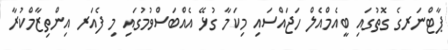
ޕާޓްނަރގެ ގޮތުގައި ބީއެމްއެލް ހަޖައްސައި މިކަމާ ގުޅޭ އެއްބަސްވުމުގައި މި ފެއަރ އިންތިޒާމްކުރާ